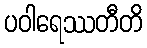
ပဝါရေဿတီတိ